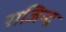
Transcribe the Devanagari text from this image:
राजिन्द्र